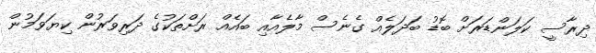
ދިރާސީ ކަލަންޑަރަށް ބޮޑު ބަދަލެއް ގެނެސް މާލެއާއި ބައެއް ރަށްތަކުގެ ދަރިވަރުން ކިޔަވަމުން